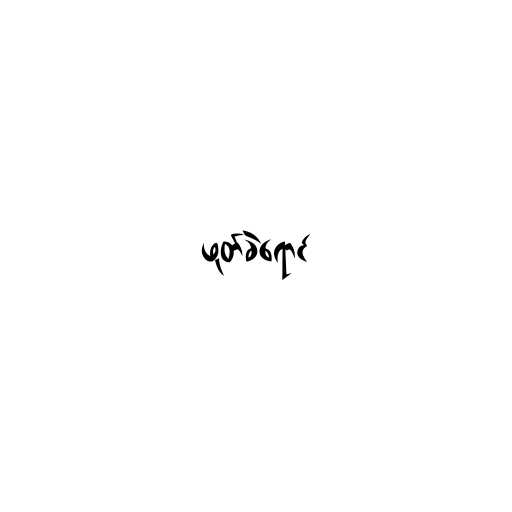
ဖုတ်ခဲရောင်